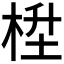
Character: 𪲙